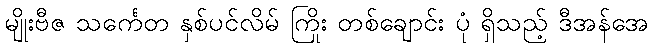
မျိုးဗီဇ သင်္ကေတ နှစ်ပင်လိမ် ကြိုး တစ်ချောင်း ပုံ ရှိသည့် ဒီအန်အေ